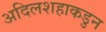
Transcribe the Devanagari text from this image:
अदिलशहाकडुन